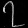
Digit: ၇